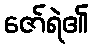
ဇော်ရဲ၏